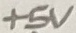
Text: +5V